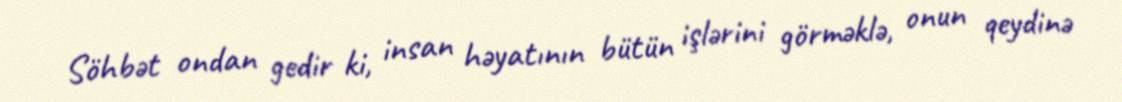
Söhbət ondan gedir ki, insan həyatının bütün işlərini görməklə, onun qeydinə